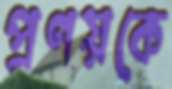
প্রণয়কে